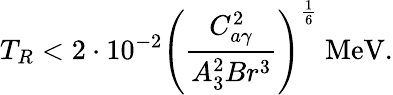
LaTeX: T_{R}<2\cdot 10^{-2}\left(\frac{C_{a\gamma}^{2}}{A_{3}^{2}Br^{3}}\right)^{\frac{1}{6}}\mathrm{~MeV}.